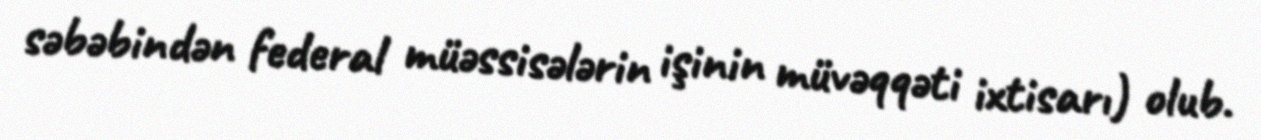
səbəbindən federal müəssisələrin işinin müvəqqəti ixtisarı) olub.